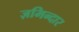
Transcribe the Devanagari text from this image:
ज़मिन्दार